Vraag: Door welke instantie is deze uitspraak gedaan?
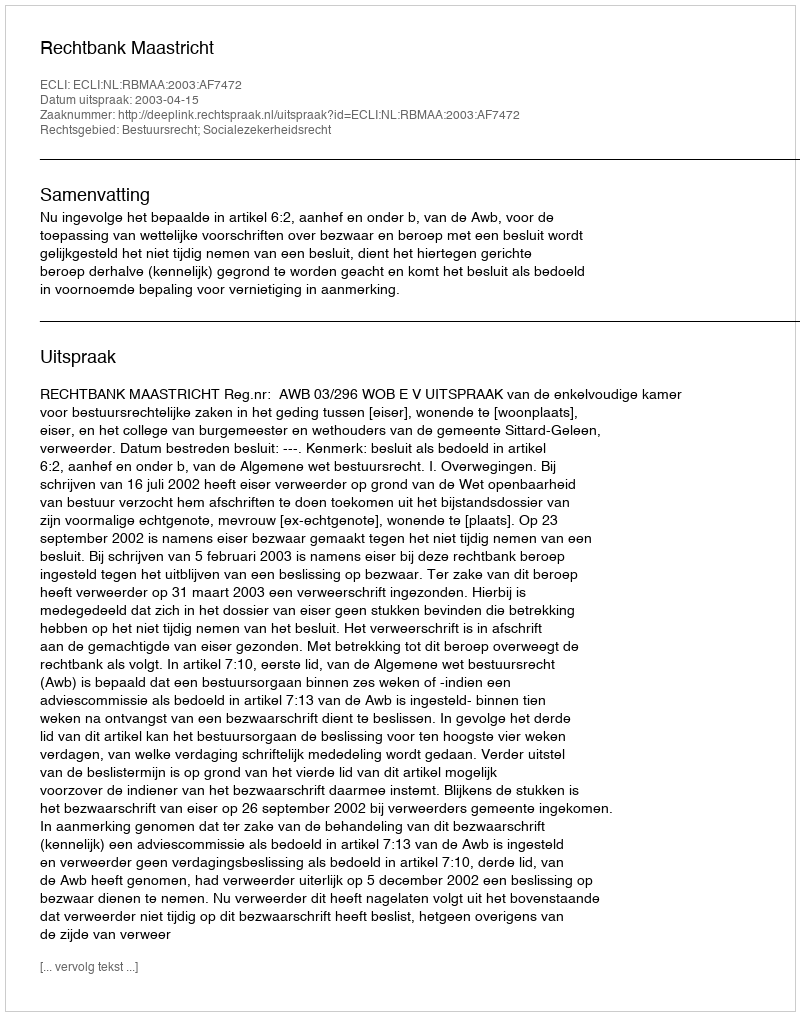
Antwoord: Rechtbank Maastricht